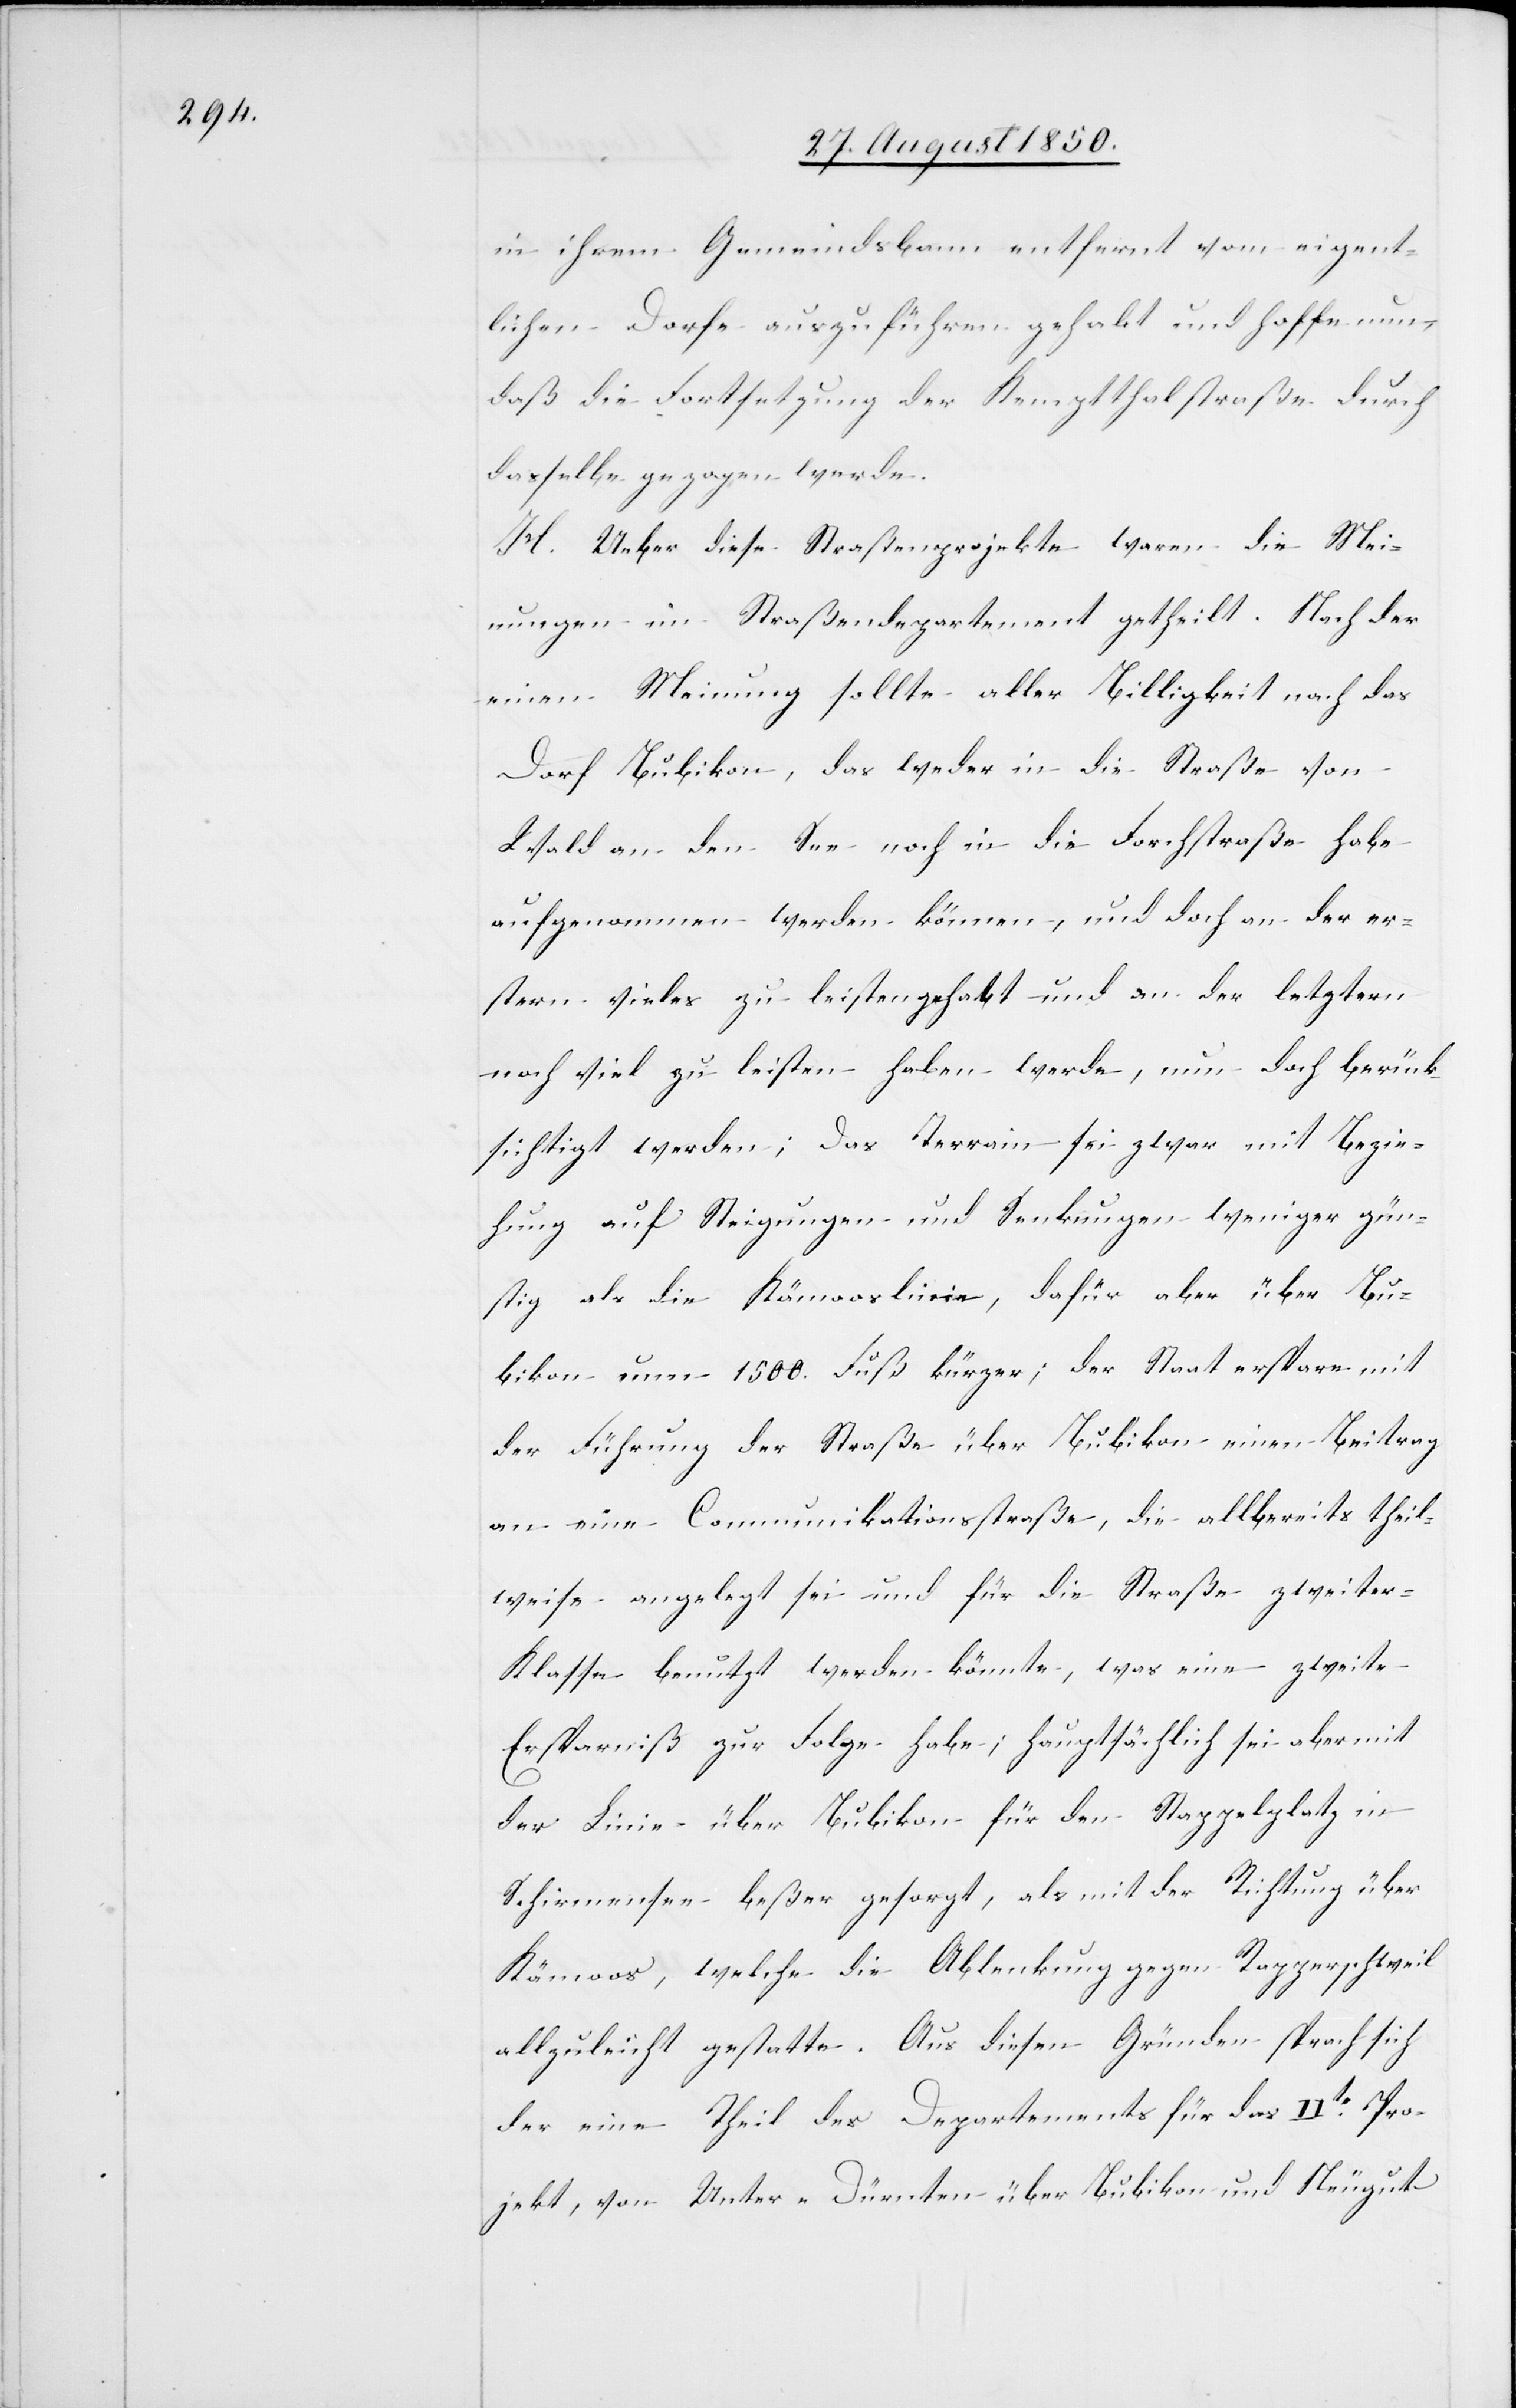
in ihrem Gemeindsbann entfernt vom eigent¬
lichen Dorfe auszuführen gehabt und hoffe nun,
daß die Fortsetzung der Kemptthalstraße durch
dasselbe gezogen werde.
H. Ueber diese Straßenprojekte waren die Mei¬
nungen im Straßendepartement getheilt. Nach der
einen Meinung sollte aller Billigkeit nach das
Dorf Bubikon, das weder in die Straße von
Wald an den See noch in die Forchstraße habe
aufgenommen werden können, und doch an der er¬
stern vieles zu leisten gehabt und an der letztern
noch viel zu leisten haben werde, nun doch berück¬
sichtigt werden; Das Terrain sei zwar mit Bezie¬
hung auf Steigungen und Senkungen weniger gün¬
stig als die Kämooslinie, dafür aber über Bu¬
bikon um 1500. Fuß kürzer; der Staat erspare mit
der Führung der Straße über Bubikon einen Beitrag
an eine Communikationsstraße, die allbereits theil¬
weise angelegt sei und für die Straße zweite¬
r-Klasse benutzt werden könnte, was eine zweite
Ersparniß zur Folge habe; hauptsächlich sei aber mit
der Linie über Bubikon für den Stappelplatz in
Schirmensee beßer gesorgt, als mit der Richtung über
Kämoos, welche die Ablenkung gegen Rapperschweil
allzuleicht gestatte. Aus diesen Gründen sprach sich
der eine Theil des Departements für das IIte Pro¬
jekt, von Unter-Dürnten über Bubikon und Neugut